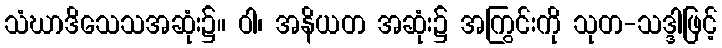
သံဃာဒိသေသအဆုံး၌။ ဝါ၊ အနိယတ အဆုံး၌ အကြွင်းကို သုတ-သဒ္ဒါဖြင့်